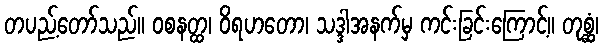
တပည့်တော်သည်။ ဝစနတ္ထ၊ ဝိရဟတော၊ သဒ္ဒါအနက်မှ ကင်းခြင်းကြောင့်။ တုစ္ဆံ၊